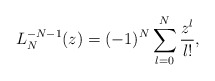
\begin{gather*} L_{N}^{-N-1}(z) =(-1) ^{N}\sum_{l=0}^{N}\frac{z^{l}}{l!},\end{gather*}